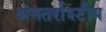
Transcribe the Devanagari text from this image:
अंनतर्राश्टीय